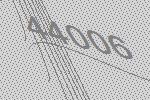
44006